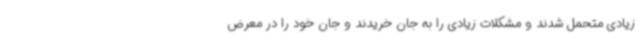
زیادی متحمل شدند و مشکلات زیادی را به جان خریدند و جان خود را در معرض